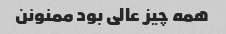
همه چیز عالی بود ممنونن